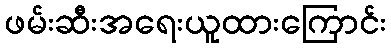
ဖမ်းဆီးအရေးယူထားကြောင်း